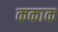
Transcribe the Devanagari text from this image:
ककाक